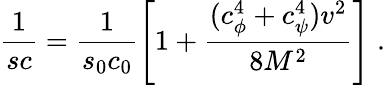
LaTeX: \frac{1}{sc}=\frac{1}{s_{0}c_{0}}\left[1+\frac{(c_{\phi}^{4}+c_{\psi}^{4})v^{2}}{8M^{2}}\right]\; .